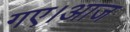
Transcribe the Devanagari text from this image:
गए।आज